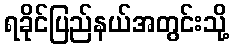
ရခိုင်ပြည်နယ်အတွင်းသို့